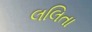
લલિતા